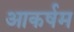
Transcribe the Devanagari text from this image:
आकर्षम